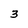
Character: 3